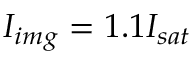
I _ { i m g } = 1 . 1 I _ { s a t }